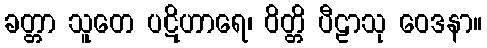
ခတ္တာ သူတေ ပဋိဟာရေ၊ ဝိတ္တိ ပီဠာသု ဝေဒနာ။